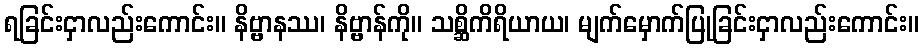
ရခြင်းငှာလည်းကောင်း။ နိဗ္ဗာနဿ၊ နိဗ္ဗာန်ကို။ သစ္ဆိကိရိယာယ၊ မျက်မှောက်ပြုခြင်းငှာလည်းကောင်း။